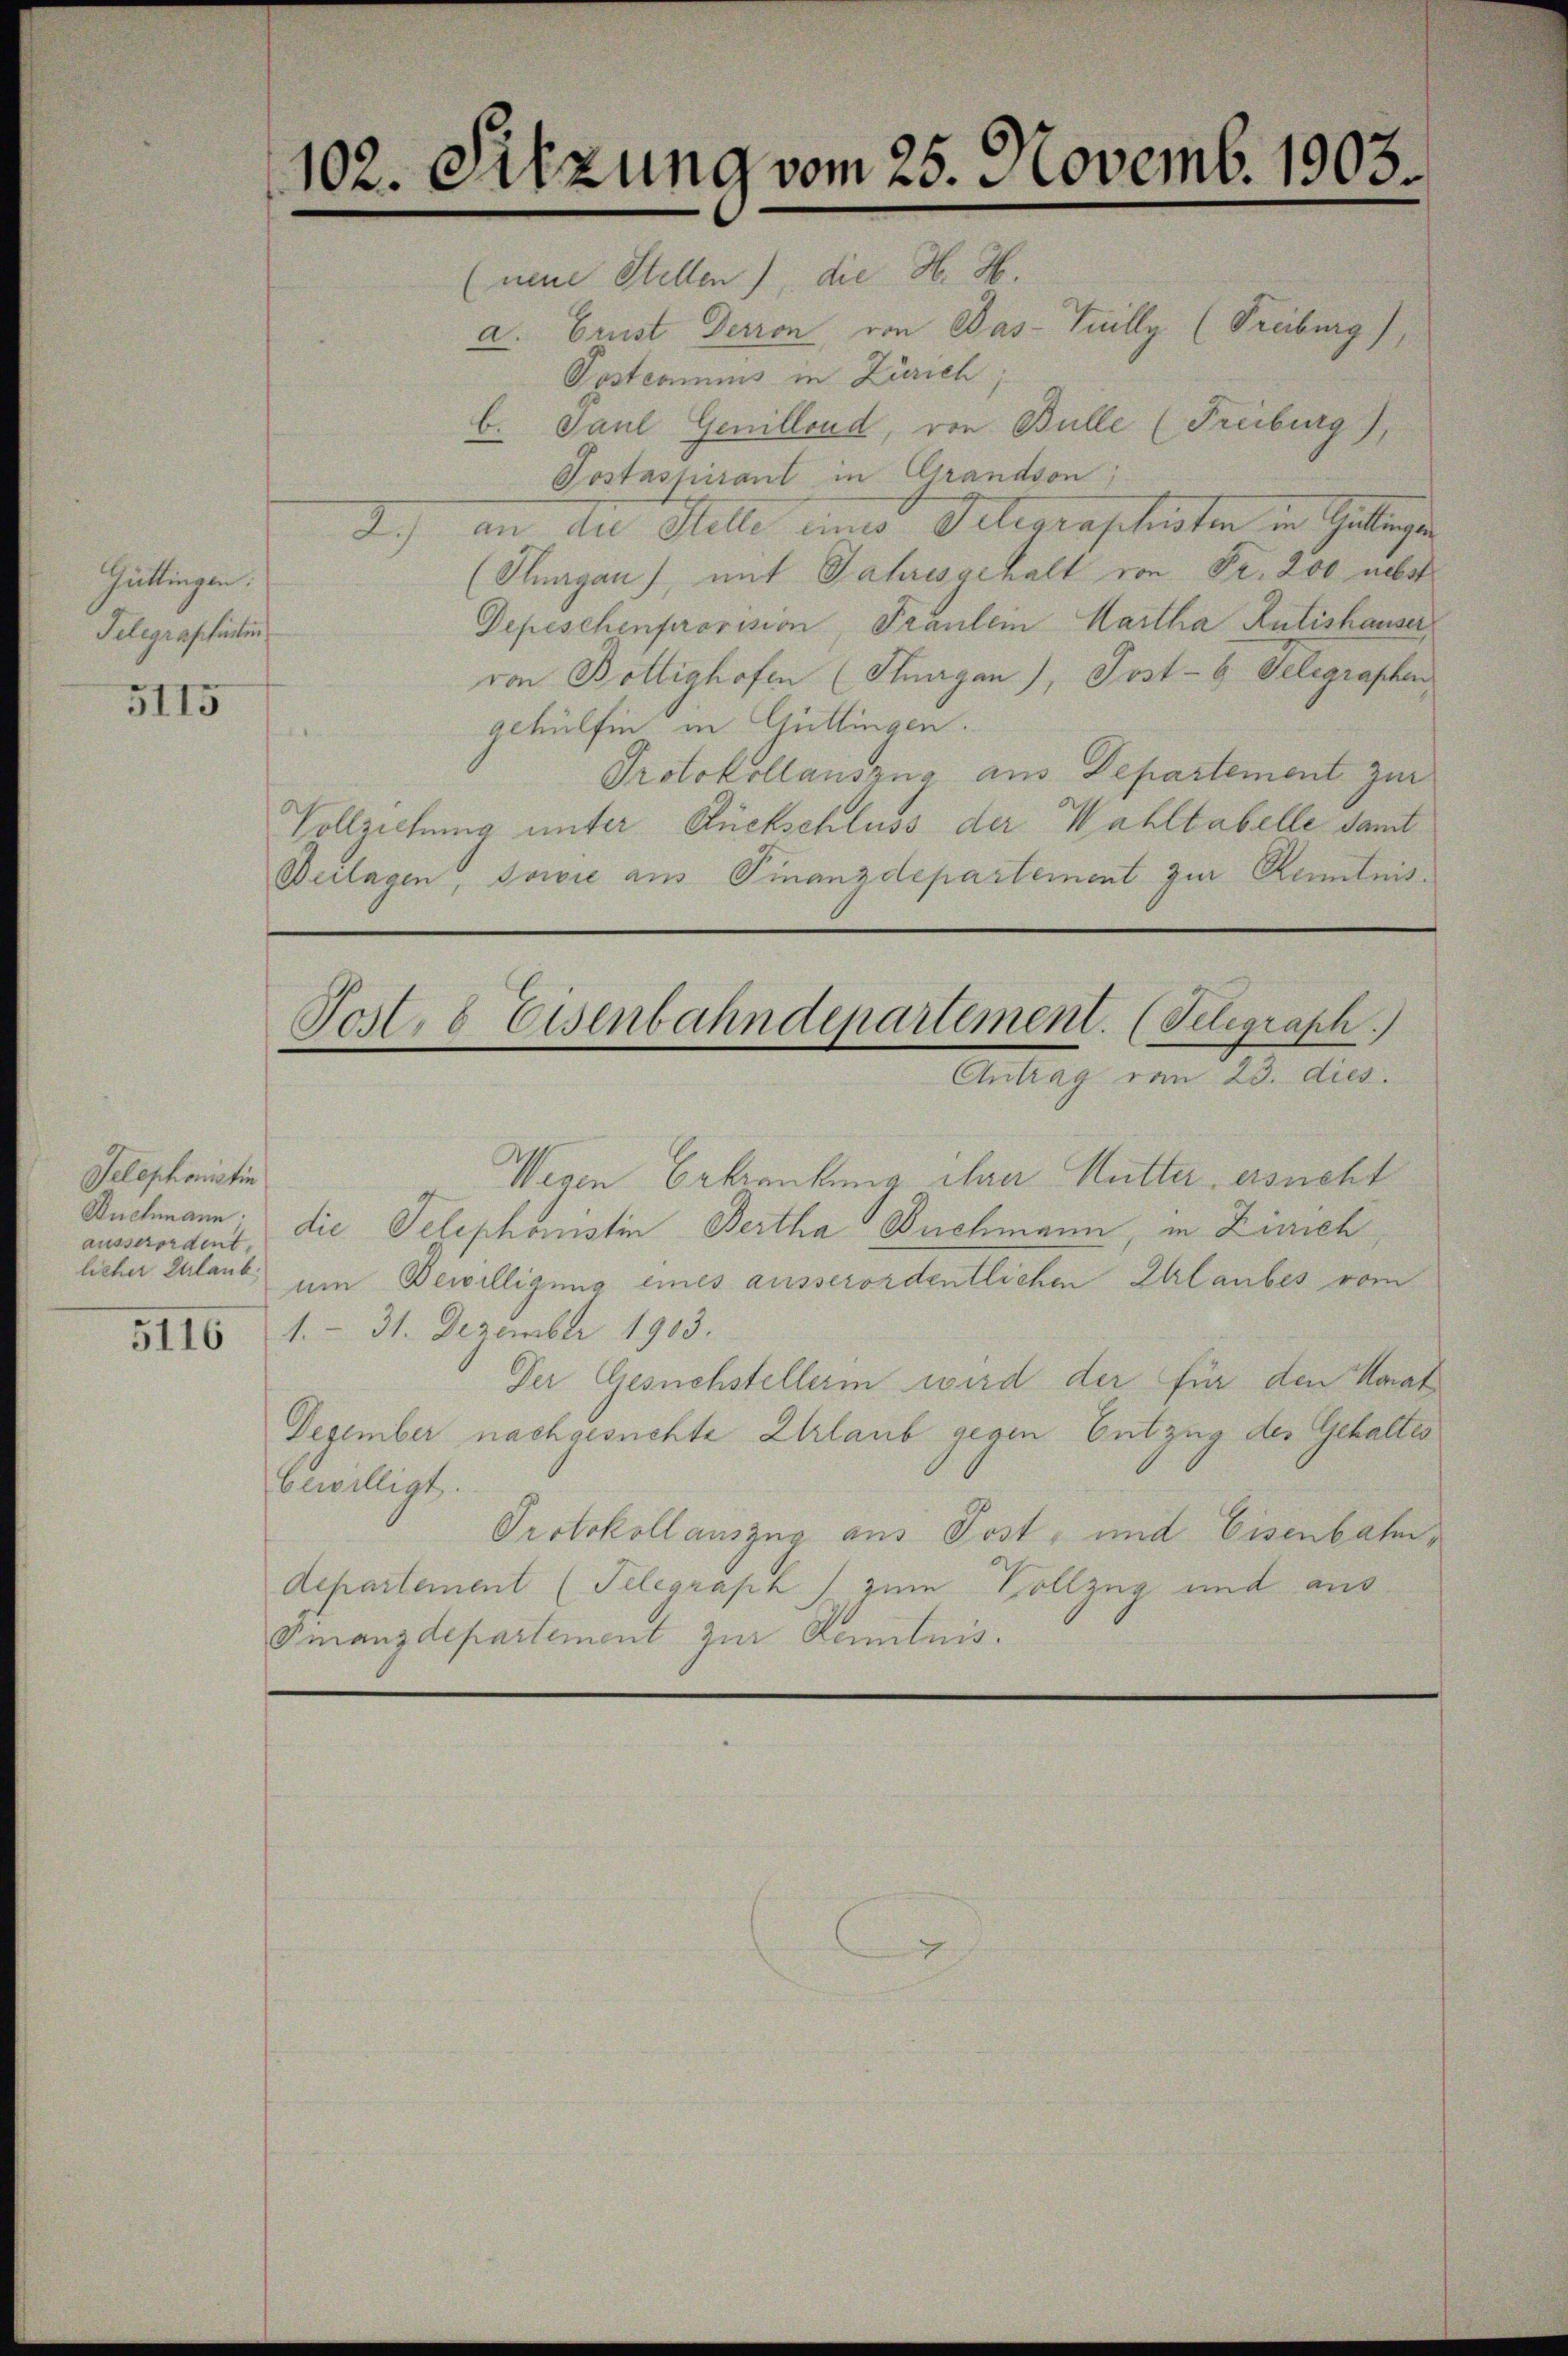
Gattingen.
Telegraphirten
5115

Telephonistin
Buchmann.
ausserordent.
licher Zulaub
5116

102. Sitzung vom 25. Novemb. 1903.

(neue Stellen), die H. H.
a. Grust Derron von Pas-Tully (Freiburg),
Posteamus in Zürich
b. Paul Genillend, von Bulle (Freiburg),
Postaspirant in Grandson
I.) an die Stelle einer Delegenschrieben in Gattige
(Thurgau), mit Jahresgehalt von Fr. 200 nebst
Depeschenprovision, Fräulein Hartha Rütishauser
von Boltighofen (Thurgau), Post- & Gelegraphen
gehülfen in Güttingen.
Protokollauszug aus Departement zur
Vollziehung unter Rückschluss der Wahltabelle damit
Beilagen, sowie am Finanzdepartement zur Kenntnis¬

Wegen Erkrankung ihrer Mutter ersucht
die Telephonistin Bertha Buchmann, in Zinich
um Bewilligung eines ausserordentlichen Erlaubes vom
1.- 31. Dezember 1903.
Der Gesuchstellerin wird der für den Horat
Dezember nachgesuchte Erlaub gegen Entzug der Gehaltes
bewilligt.
Protokollauszug aus Post- und Eisenbahn,
departement (Telegraph zum Vollzug und aus
Fmanzdepartement zur Kenntnis.

Fosl. 8 Eisenbahndepartement. (Telegraph.)
Antrag vom 23. dies